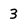
Character: 3